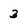
Character: 3